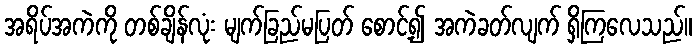
အရိပ်အကဲကို တစ်ချိန်လုံး မျက်ခြည်မပြတ် စောင့်၍ အကဲခတ်လျက် ရှိကြလေသည်။